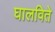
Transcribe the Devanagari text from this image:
घालविते